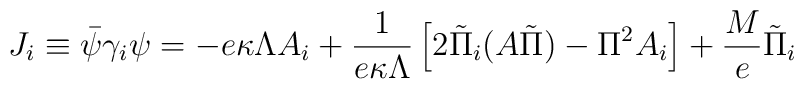
J_i\equiv\bar\psi\gamma_i\psi= - e\kappa\Lambda A_i+\frac{1}{e\kappa\Lambda}\left[2\tilde \Pi_i(A \tilde \Pi)- \Pi^2 A_i \right] + \frac{M}{e}\tilde \Pi_i